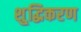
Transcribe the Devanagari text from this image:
शु्द्धिकरण